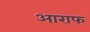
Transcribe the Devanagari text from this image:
आराफ